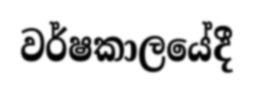
වර්ෂකාලයේදී